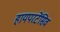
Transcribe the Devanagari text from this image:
हायपरटेंसिव